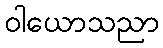
ဝါယောသညာ